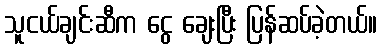
သူငယ်ချင်းဆီက ငွေ ချေးပြီး ပြန်ဆပ်ခဲ့တယ်။